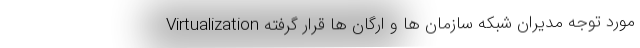
Virtualization مورد توجه مدیران شبکه سازمان ها و ارگان ها قرار گرفته